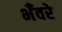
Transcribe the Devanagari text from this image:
भँवरे